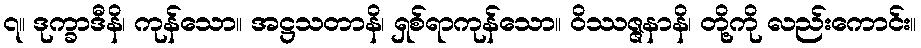
၇။ ဒုက္ခာဒီနိ၊ ကုန်သော။ အဋ္ဌသတာနိ၊ ရှစ်ရာကုန်သော။ ဝိဿဇ္ဇနာနိ၊ တို့ကို လည်းကောင်း။